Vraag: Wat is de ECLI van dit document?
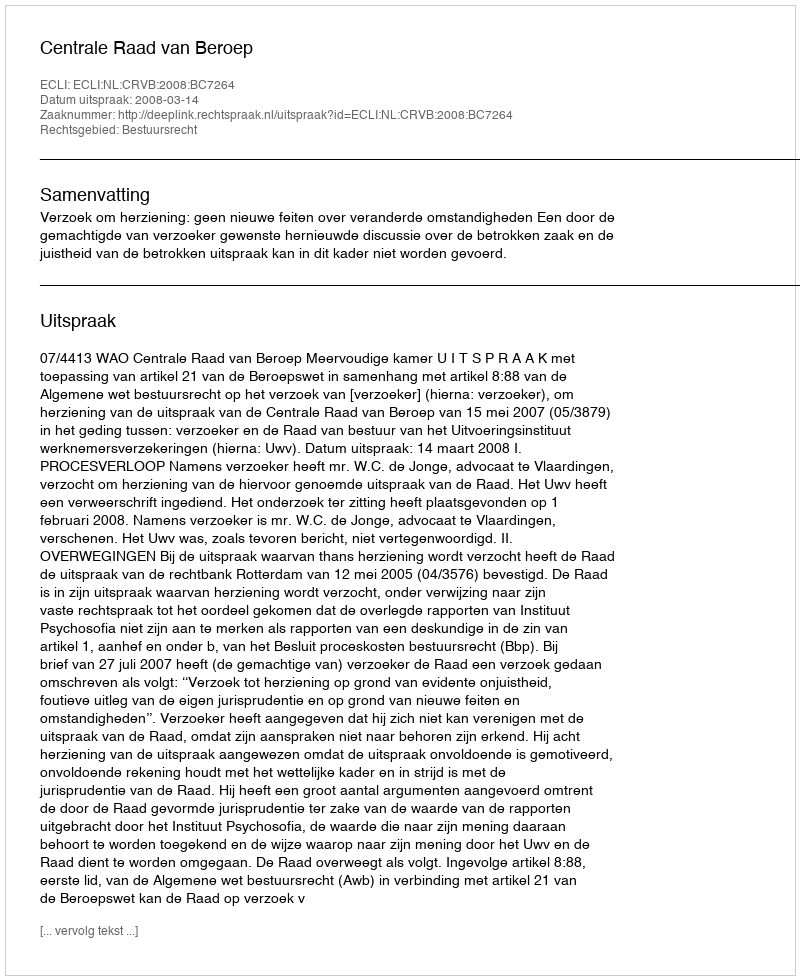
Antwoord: ECLI:NL:CRVB:2008:BC7264